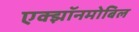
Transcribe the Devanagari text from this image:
एक्झॉनमोबिल